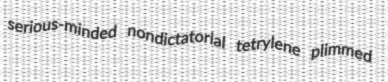
serious-minded nondictatorial tetrylene plimmed